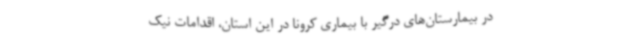
در بیمارستان‌های درگیر با بیماری کرونا در این استان، اقدامات نیک